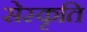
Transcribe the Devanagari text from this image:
सेस्कृति